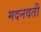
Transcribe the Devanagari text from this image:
मदनवती